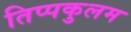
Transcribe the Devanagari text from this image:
तिप्पकुलम